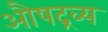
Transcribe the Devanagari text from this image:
औषद्रव्य